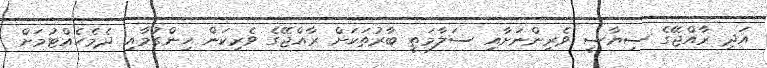
އަދި ރާއްޖޭގެ ސިޔާސީ ވެރިންނަށާއި ސަލާމަތީ ބާރުތަކަށް ރާއްޖޭގެ ވެރިކަން ހިންގުމާއި ދެމެހެއްޓުމަށް